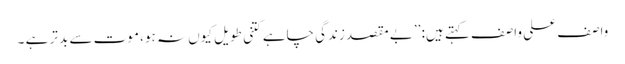
واصف علی واصف کہتے ہیں: ’’بے مقصد زندگی چاہے کتنی طویل کیوں نہ ہو، موت سے بد تر ہے ۔